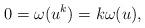
LaTeX: \begin{align*}0=\omega(u^k)=k\omega(u),\end{align*}